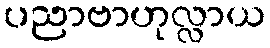
ပညာဗာဟုလ္လာယ